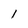
Character: 1